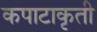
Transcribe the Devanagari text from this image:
कपाटाकृती